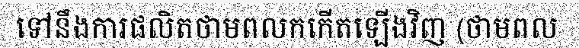
ទៅនឹងការផលិតថាមពលកកើតឡើងវិញ (ថាមពល